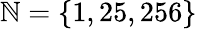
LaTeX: \mathbb{N}=\{ 1,25,256\}